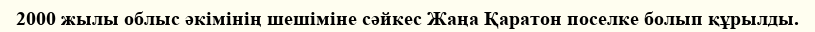
2000 жылы облыс әкімінің шешіміне сәйкес Жаңа Қаратон поселке болып құрылды.